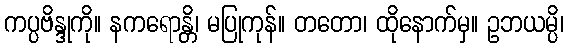
ကပ္ပဗိန္ဒုကို။ နကရောန္တိ၊ မပြုကုန်။ တတော၊ ထိုနောက်မှ။ ဥဘယမ္ပိ၊